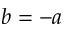
b = - a